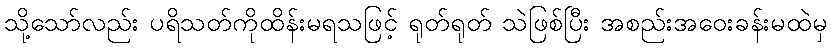
သို့သော်လည်း ပရိသတ်ကိုထိန်းမရသဖြင့် ရုတ်ရုတ် သဲဖြစ်ပြီး အစည်းအဝေးခန်းမထဲမှ